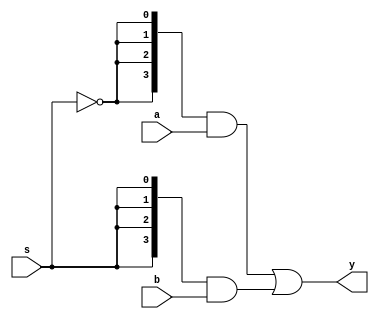
module mux21_4bita(
	input wire [3:0] a,
	input wire [3:0] b,
	input wire s,
	output wire [3:0] y
);

  assign y = {4{~s}}&a|{4{s}}&b;
  
endmodule